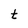
Character: t